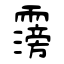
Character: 霶